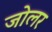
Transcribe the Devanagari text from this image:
जोलर